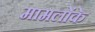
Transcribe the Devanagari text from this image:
मामलोंके